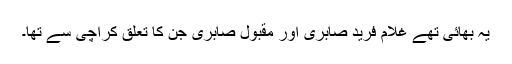
یہ بھائی تھے غلام فرید صابری اور مقبول صابری جن کا تعلق کراچی سے تھا۔